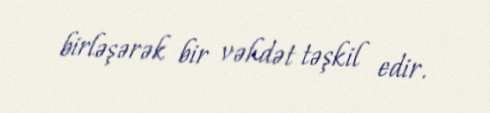
birləşərək bir vəhdət təşkil edir.